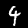
Label: 4